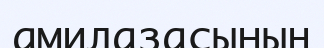
амилазасының